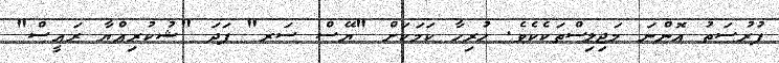
ފުރުސަތު އޮންނަ މަޖިލިސްތަކެކެވެ. ހުރިހާ ކަމަކަށް "ޔޭސް ސަރ" ފަދަ "ޝުކުރިއްޔާ ރައީސް"